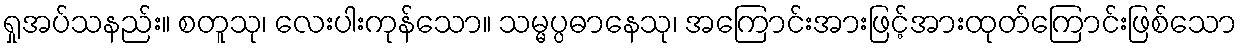
ရှုအပ်သနည်း။ စတူသု၊ လေးပါးကုန်သော။ သမ္မပ္ပဓာနေသု၊ အကြောင်းအားဖြင့်အားထုတ်ကြောင်းဖြစ်သော